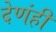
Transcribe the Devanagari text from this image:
देणंही